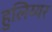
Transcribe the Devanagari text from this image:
हुलिय्यर